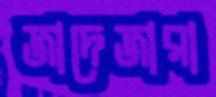
জাদেজারা